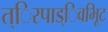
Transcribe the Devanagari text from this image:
त्िरपाड्िवभूिट